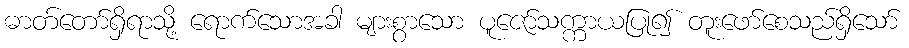
ဓာတ်တော်ရှိရာသို့ ရောက်သောအခါ များစွာသော ပူဇော်သက္ကာယပြု၍ တူးဖော်စေသည်ရှိသော်